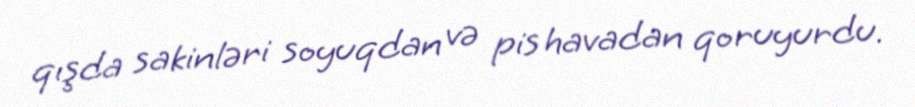
qışda sakinləri soyuqdan və pis havadan qoruyurdu.